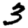
Digit: 3